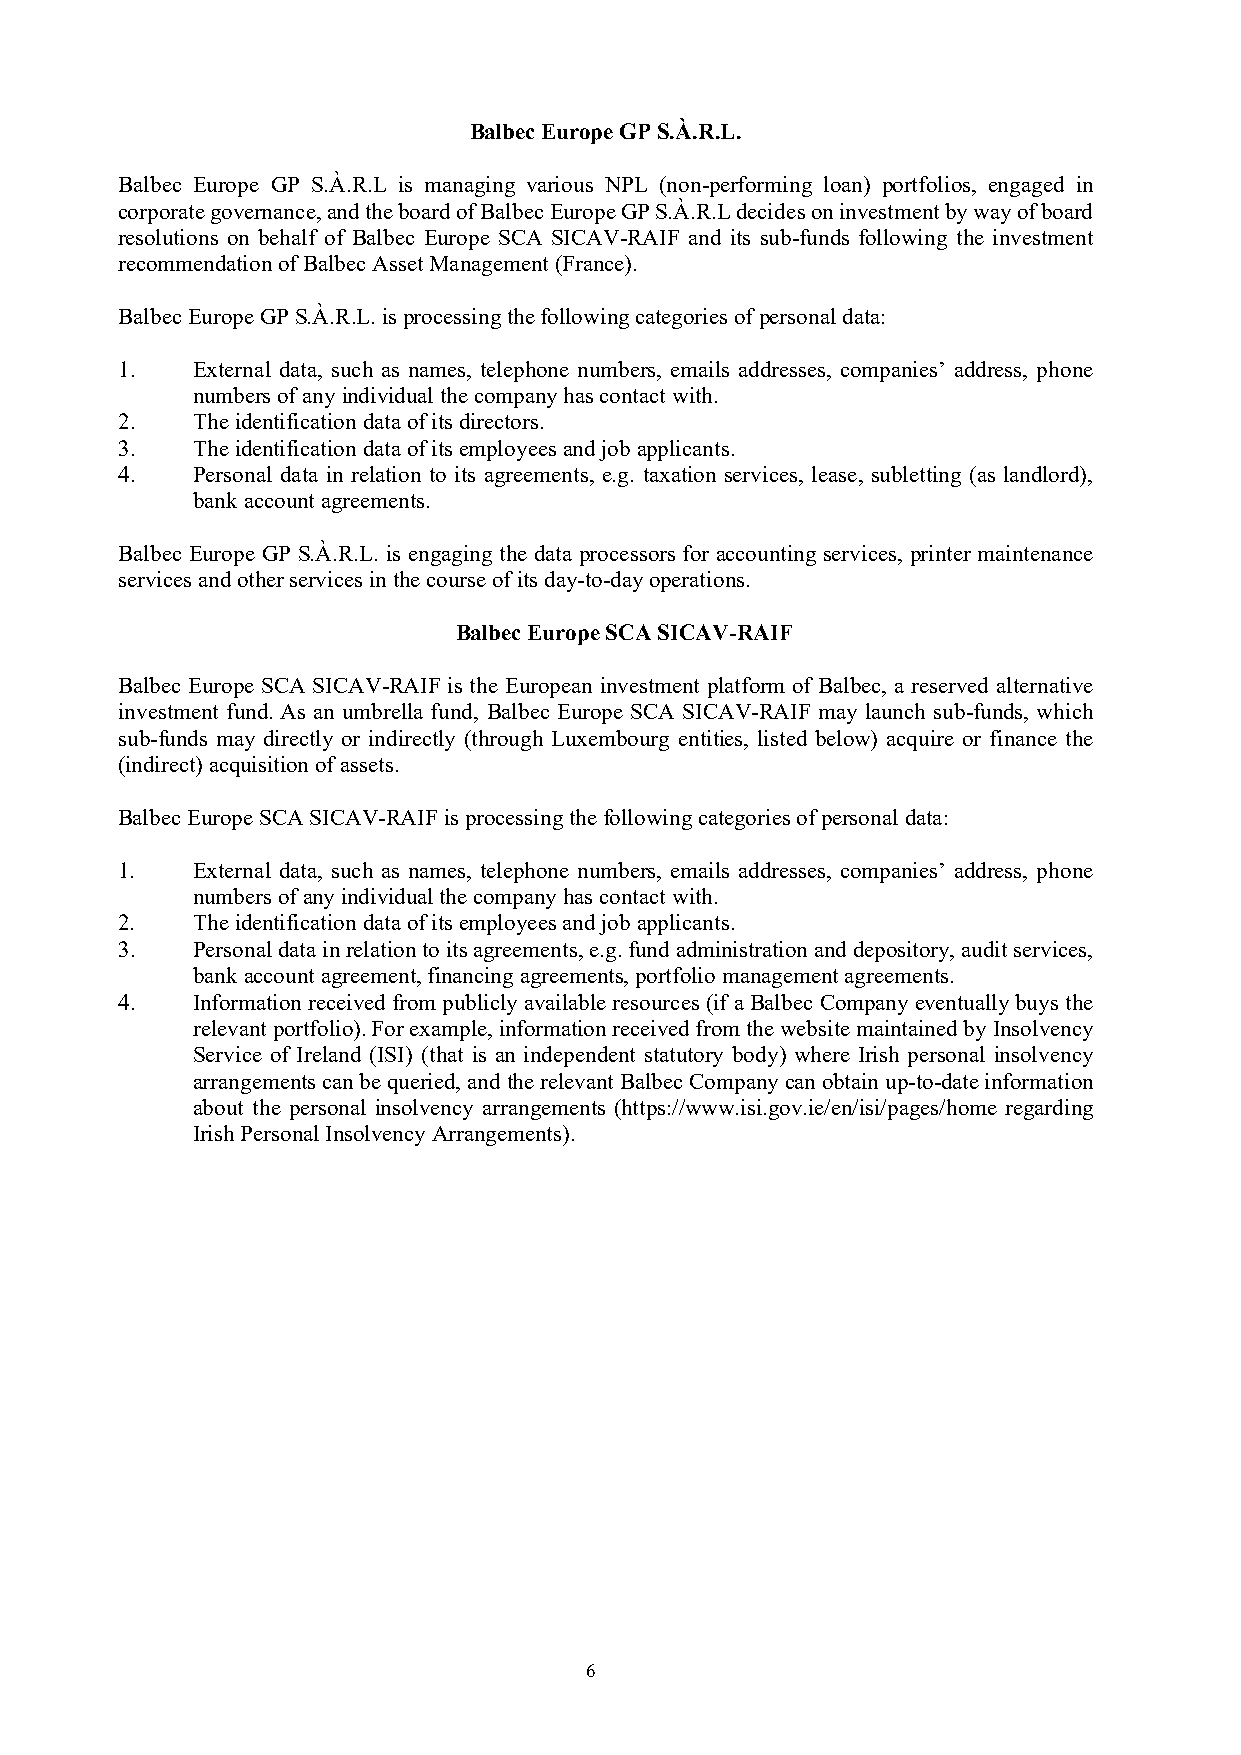
Balbec Europe GP S.À.R.L.
 Balbec Europe GP S.À.R.L is managing various NPL (non-performing loan) portfolios, engaged in
 corporate governance, and the board of Balbec Europe GP S.À.R.L decides on investment by way of board
 resolutions on behalf of Balbec Europe SCA SICAV-RAIF and its sub-funds following the investment
 recommendation of Balbec Asset Management (France).
 Balbec Europe GP S.À.R.L. is processing the following categories of personal data:
 1.   External data, such as names, telephone numbers, emails addresses, companies’ address, phone
 numbers of any individual the company has contact with.
 2.   The identification data of its directors.
 3.   The identification data of its employees and job applicants.
 4.   Personal data in relation to its agreements, e.g. taxation services, lease, subletting (as landlord),
 bank account agreements.
 Balbec Europe GP S.À.R.L. is engaging the data processors for accounting services, printer maintenance
 services and other services in the course of its day-to-day operations.
 Balbec Europe SCA SICAV-RAIF
 Balbec Europe SCA SICAV-RAIF is the European investment platform of Balbec, a reserved alternative
 investment fund. As an umbrella fund, Balbec Europe SCA SICAV-RAIF may launch sub-funds, which
 sub-funds may directly or indirectly (through Luxembourg entities, listed below) acquire or finance the
 (indirect) acquisition of assets.
 Balbec Europe SCA SICAV-RAIF is processing the following categories of personal data:
 1.   External data, such as names, telephone numbers, emails addresses, companies’ address, phone
 numbers of any individual the company has contact with.
 2.   The identification data of its employees and job applicants.
 3.   Personal data in relation to its agreements, e.g. fund administration and depository, audit services,
 bank account agreement, financing agreements, portfolio management agreements.
 4.   Information received from publicly available resources (if a Balbec Company eventually buys the
 relevant portfolio). For example, information received from the website maintained by Insolvency
 Service of Ireland (ISI) (that is an independent statutory body) where Irish personal insolvency
 arrangements can be queried, and the relevant Balbec Company can obtain up-to-date information
 about the personal insolvency arrangements (https://www.isi.gov.ie/en/isi/pages/home regarding
 Irish Personal Insolvency Arrangements).
 6